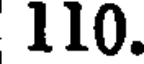
110.